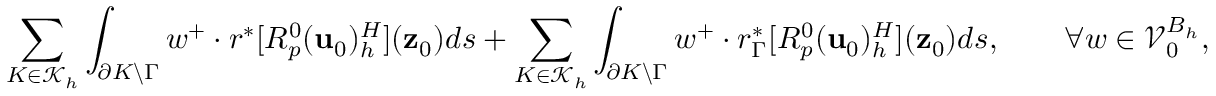
\sum _ { K \in \mathcal { K } _ { h } } \int _ { \partial K \backslash \Gamma } w ^ { + } \cdot r ^ { * } [ R _ { p } ^ { 0 } ( \mathbf { u } _ { 0 } ) _ { h } ^ { H } ] ( \mathbf { z } _ { 0 } ) d s + \sum _ { K \in \mathcal { K } _ { h } } \int _ { \partial K \backslash \Gamma } w ^ { + } \cdot r _ { \Gamma } ^ { * } [ R _ { p } ^ { 0 } ( \mathbf { u } _ { 0 } ) _ { h } ^ { H } ] ( \mathbf { z } _ { 0 } ) d s , \qquad \forall w \in \mathcal { V } _ { 0 } ^ { B _ { h } } ,